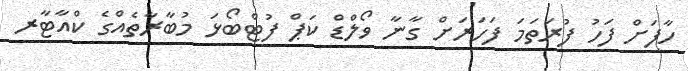
ހާފަށް ފަހު ފުރަތަމަ ފަހަރަށް ގާނާ ވޯލްޑް ކަޕް ފުޓްބޯޅަ މުބާރާތެއްގެ ކްއާޓާރ